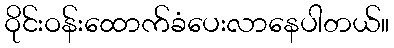
ဝိုင်းဝန်းထောက်ခံပေးလာနေပါတယ်။